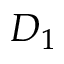
D _ { 1 }